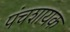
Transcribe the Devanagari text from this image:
पंचशायक